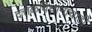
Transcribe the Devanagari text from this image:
दत्तकविधानाचाही